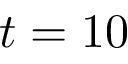
t = 1 0